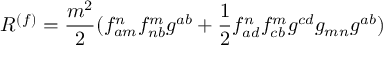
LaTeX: R ^ { ( f ) } = \frac { m ^ { 2 } } { 2 } ( f _ { a m } ^ { n } f _ { n b } ^ { m } g ^ { a b } + \frac 1 2 f _ { a d } ^ { n } f _ { c b } ^ { m } g ^ { c d } g _ { m n } g ^ { a b } )